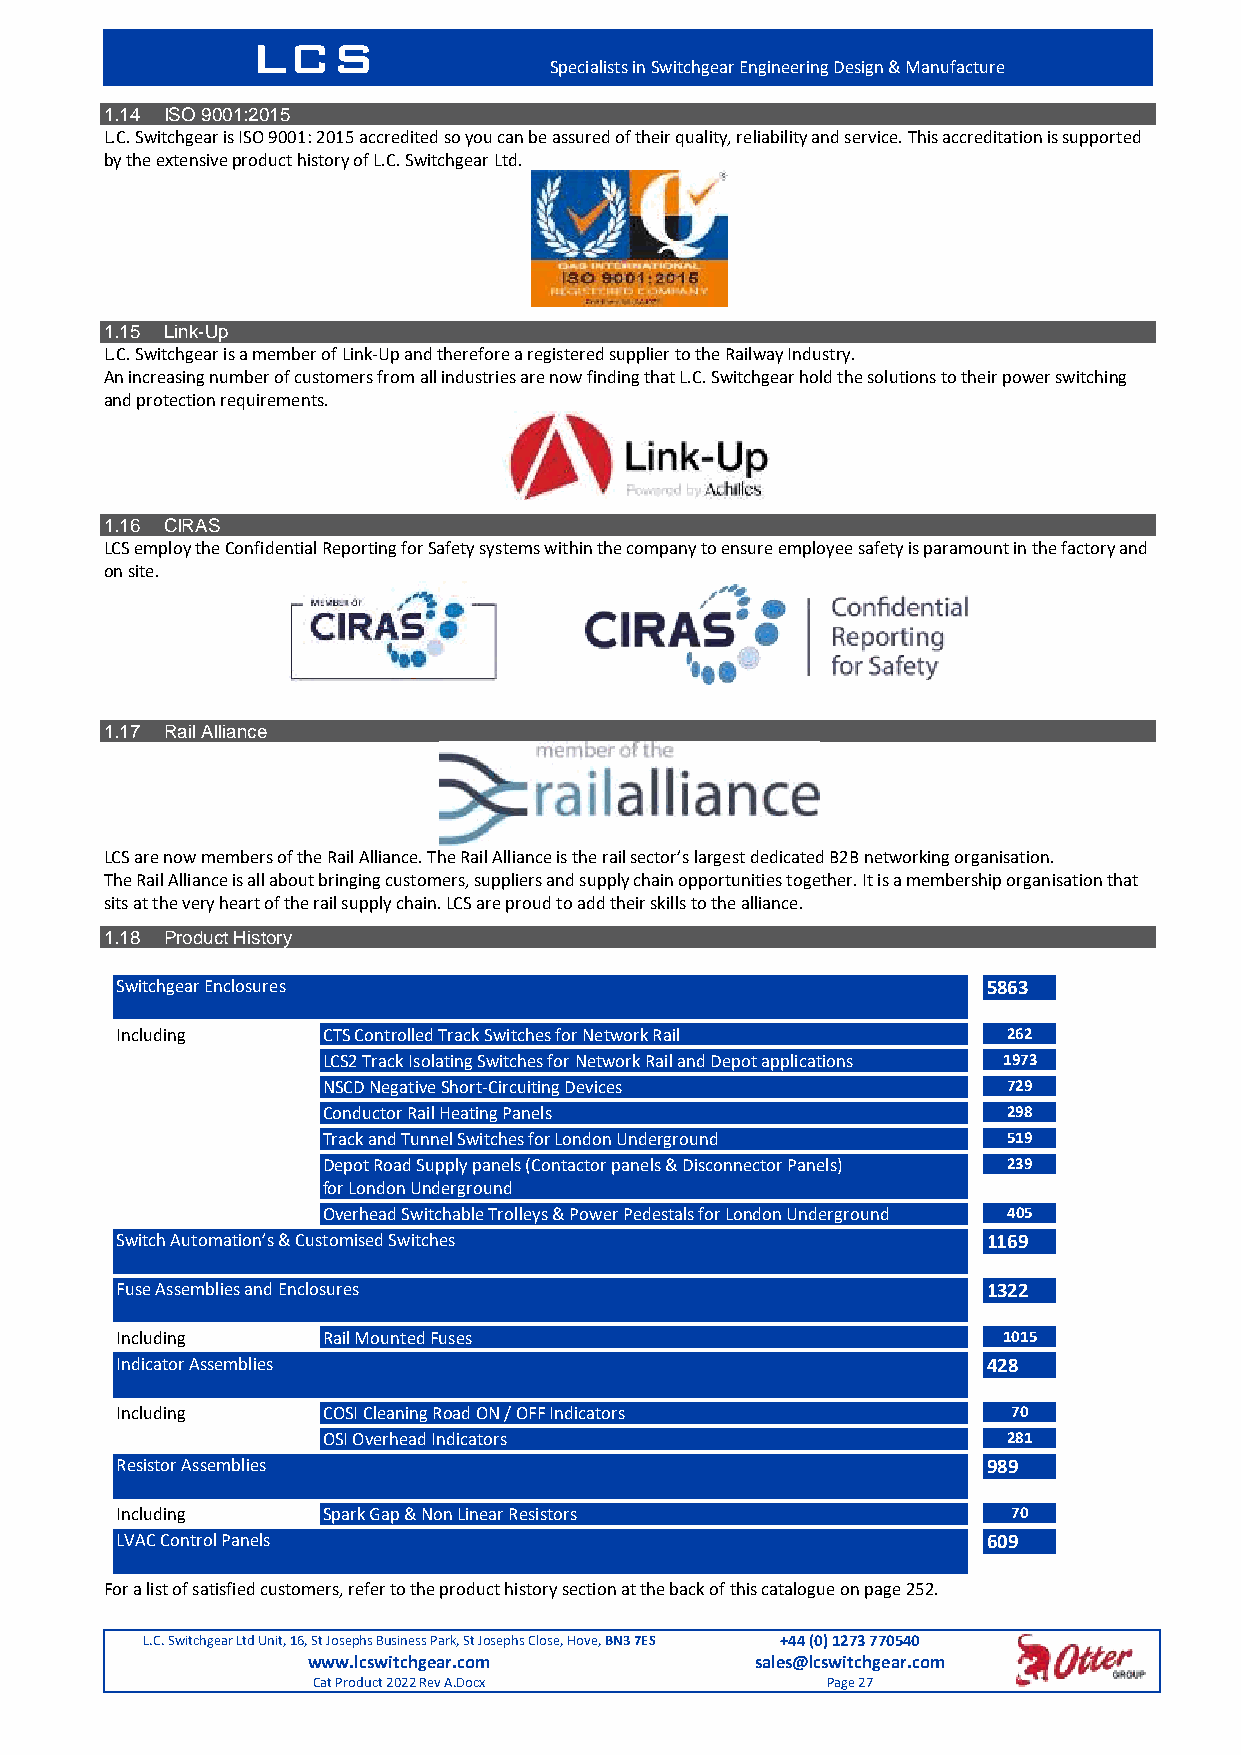
LCS
 Specialists in Switchgear Engineering Design & Manufacture
 1.14 ISO 9001:2015
 L.C. Switchgear is ISO 9001: 2015 accredited so you can be assured of their quality, reliability and service. This accreditation is supported
 by the extensive product history of L.C. Switchgear Ltd.
 1.15 Link-Up
 L.C. Switchgear is a member of Link-Up and therefore a registered supplier to the Railway Industry.
 An increasing number of customers from all industries are now finding that L.C. Switchgear hold the solutions to their power switching
 and protection requirements.
 1.16 CIRAS
 LCS employ the Confidential Reporting for Safety systems within the company to ensure employee safety is paramount in the factory and
 on site.
 1.17 Rail Alliance
 LCS are now members of the Rail Alliance. The Rail Alliance is the rail sector’s largest dedicated B2B networking organisation.
 The Rail Alliance is all about bringing customers, suppliers and supply chain opportunities together. It is a membership organisation that
 sits at the very heart of the rail supply chain. LCS are proud to add their skills to the alliance.
 1.18 Product History
 Switchgear Enclosures                                    5863
 Including    CTS Controlled Track Switches for Network Rail 262
 LCS2 Track Isolating Switches for Network Rail and Depot applications 1973
 NSCD Negative Short-Circuiting Devices        729
 Conductor Rail Heating Panels                 298
 Track and Tunnel Switches for London Underground 519
 Depot Road Supply panels (Contactor panels & Disconnector Panels) 239
 for London Underground
 Overhead Switchable Trolleys & Power Pedestals for London Underground 405
 Switch Automation’s & Customised Switches                1169
 Fuse Assemblies and Enclosures                           1322
 Including    Rail Mounted Fuses                           1015
 Indicator Assemblies                                     428
 Including    COSI Cleaning Road ON / OFF Indicators        70
 OSI Overhead Indicators                       281
 Resistor Assemblies                                      989
 Including    Spark Gap & Non Linear Resistors              70
 LVAC Control Panels                                      609
 For a list of satisfied customers, refer to the product history section at the back of this catalogue on page 252.
 L.C. Switchgear Ltd Unit, 16, St Josephs Business Park, St Josephs Close, Hove, BN3 7ES +44 (0) 1273 770540
 www.lcswitchgear.com          sales@lcswitchgear.com
 Cat Product 2022 Rev A.Docx       Page 27